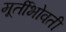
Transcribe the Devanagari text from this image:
मूर्तीभोवती